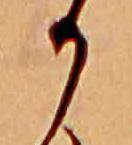
か